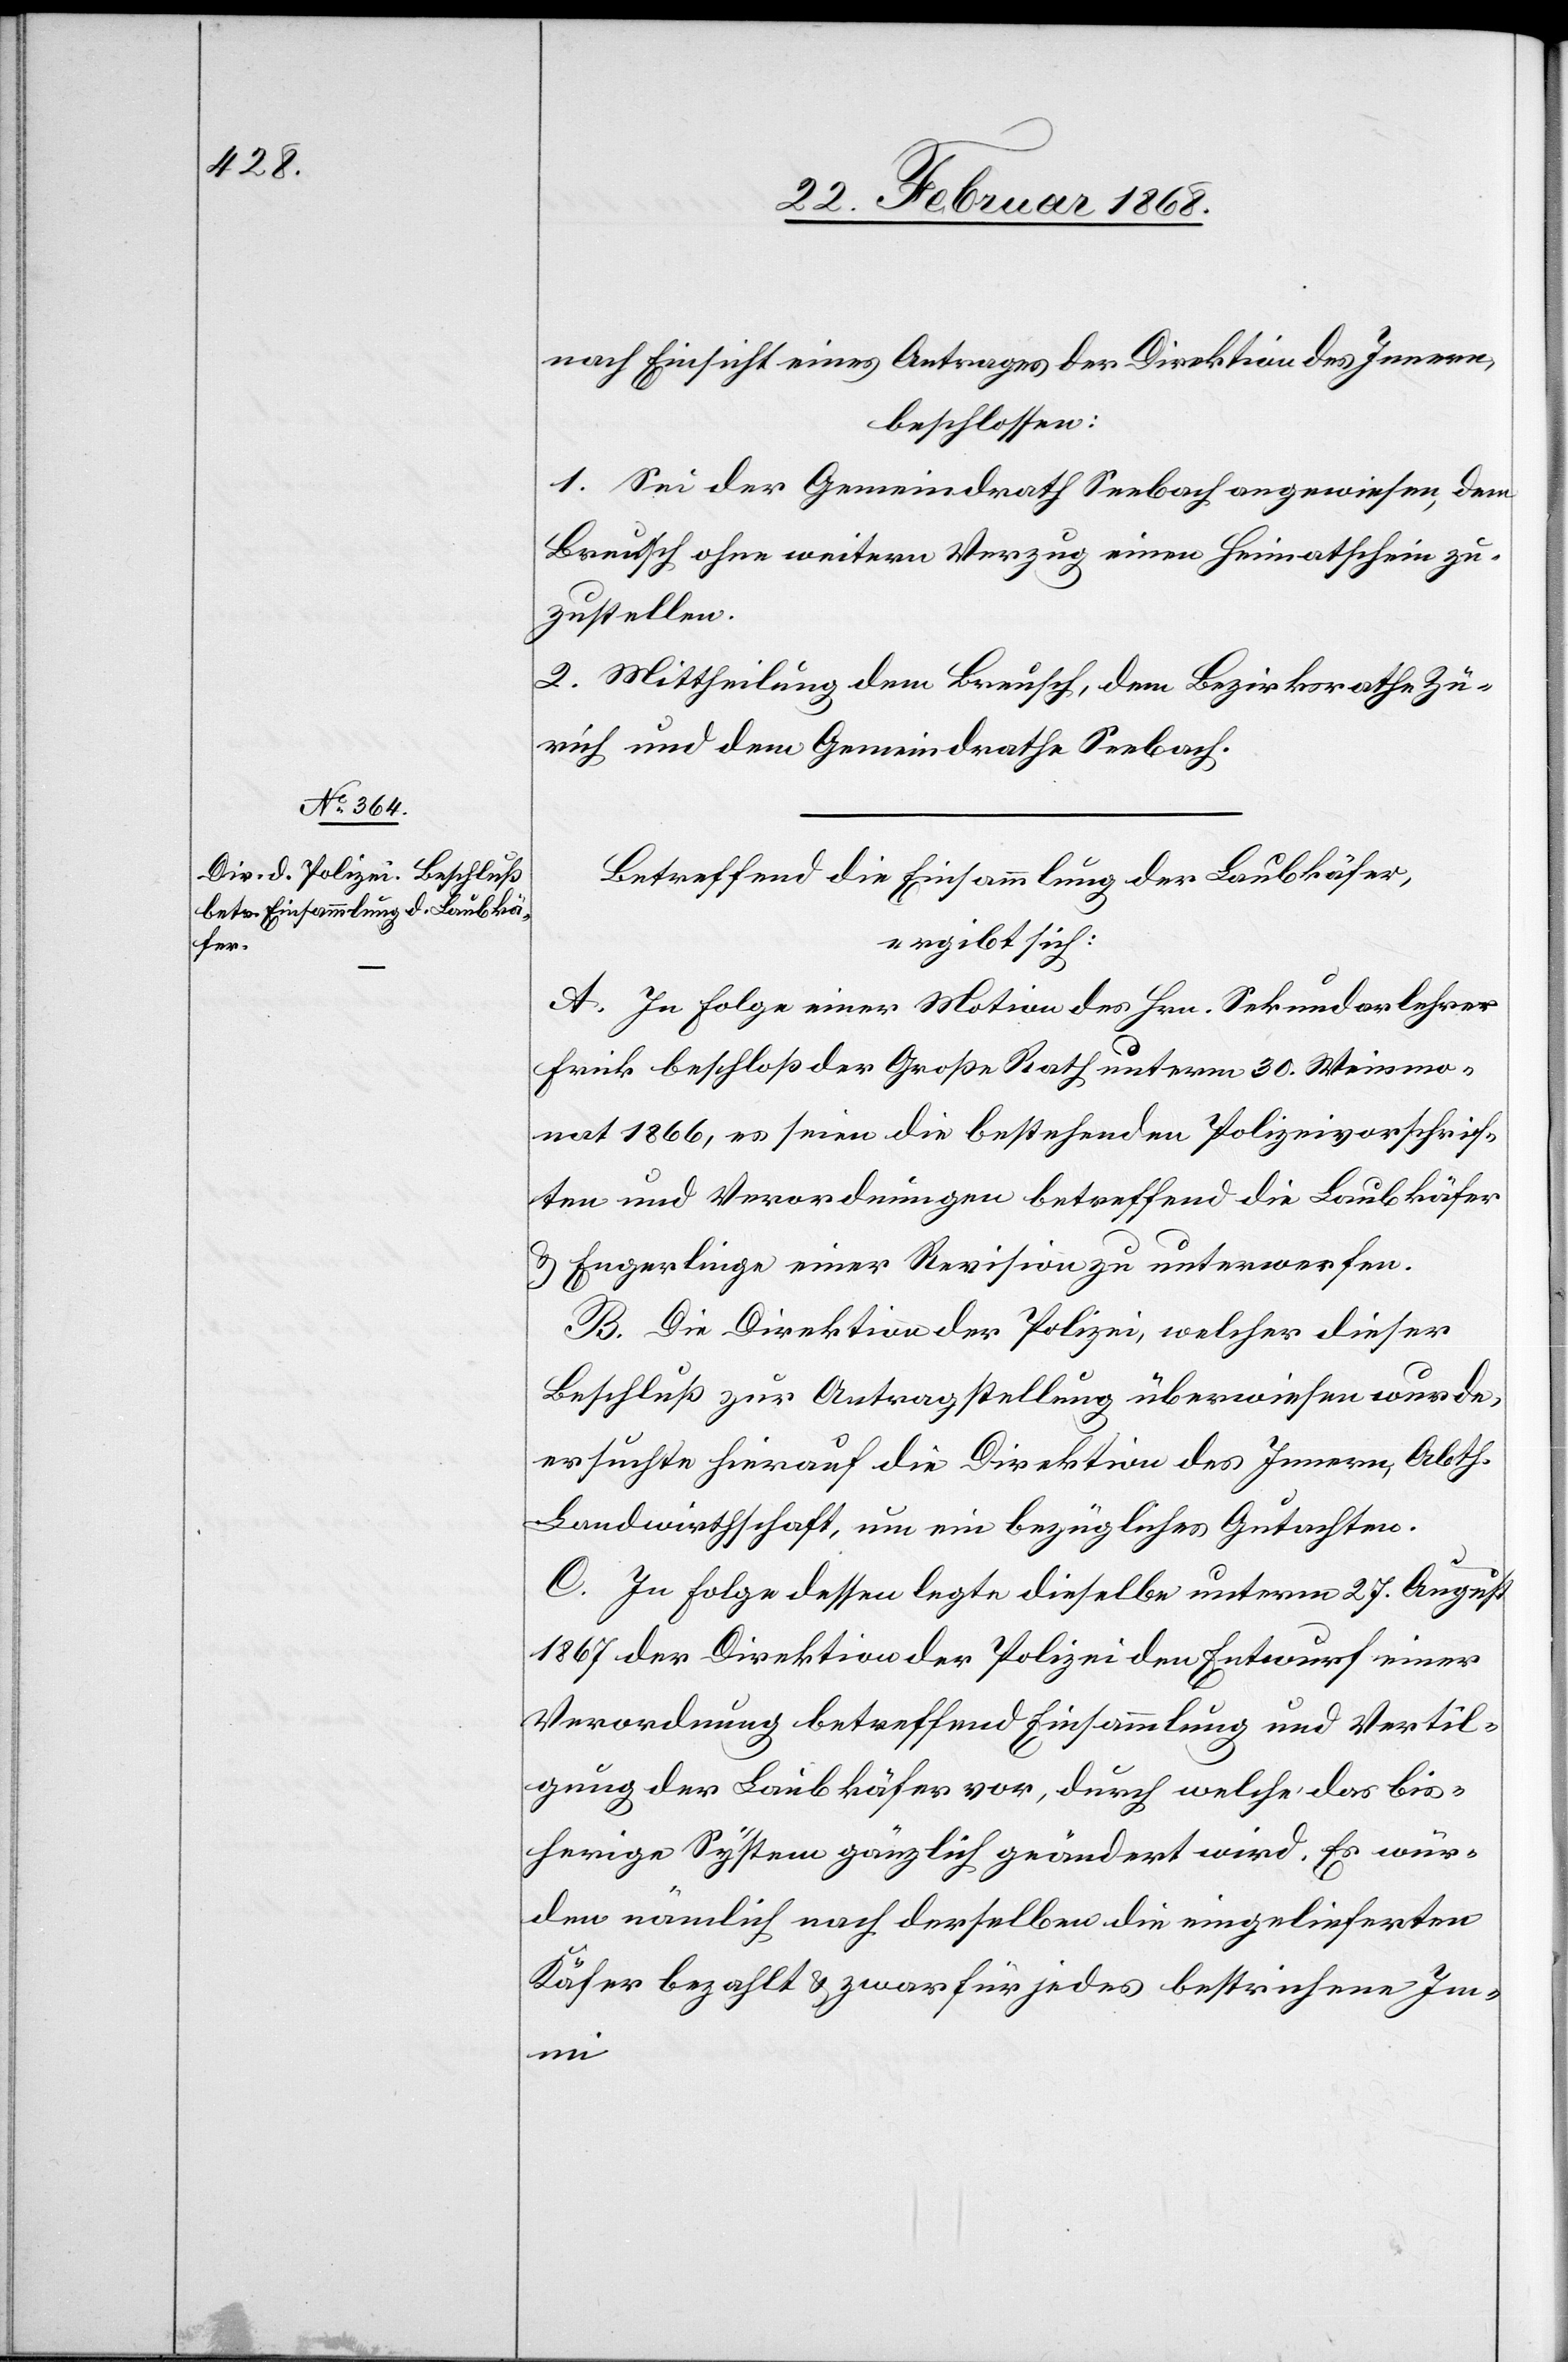
nach Einsicht eines Antrages der Direktion des Innern,
beschlossen:
1. Sei der Gemeindrath Seebach angewiesen, dem
Breusch ohne weitern Verzug einen Heimatschein zu¬
zustellen.
2. Mittheilung dem Breusch, dem Bezirksrathe Zü¬
rich und dem Gemeindrathe Seebach.
Betreffend die Einsammlung der Laubkäfer,
ergibt sich:
A. In Folge einer Motion des Hrn. Sekundarlehrer
Frick beschloß der Große Rath unterm 30. Weinmo¬
nat 1866, es seien die bestehenden Polizeivorschrif¬
ten und Verordnungen betreffend die Laubkäfer
& Engerlinge einer Revision zu unterwerfen.
B. Die Direktion der Polizei, welcher dieser
Beschluß zur Antragstellung überwiesen wurde,
ersuchte hierauf die Direktion des Innern, Abth.
Landwirthschaft, um ein bezügliches Gutachten.
C. In Folge dessen legte dieselbe unterm 27. August
1867 der Direktion der Polizei den Entwurf einer
Verordnung betreffend Einsammlung und Vertil¬
gung der Laubkäfer vor, durch welche das bis¬
herige System gänzlich geändert wird. Es wür¬
den nämlich nach derselben die eingelieferten
Käfer bezahlt & zwar für jedes bestrichene Im¬
mi